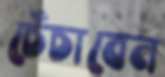
চেঁচাবেন